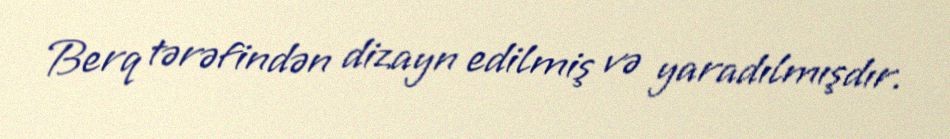
Berq tərəfindən dizayn edilmiş və yaradılmışdır.